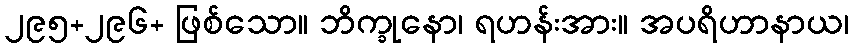
၂၉၅+၂၉၆+ ဖြစ်သော။ ဘိက္ခုနော၊ ရဟန်းအား။ အပရိဟာနာယ၊